Annual statistical returns and brief notes on vaccination in Bengal - 1887-1898
Year: 1887
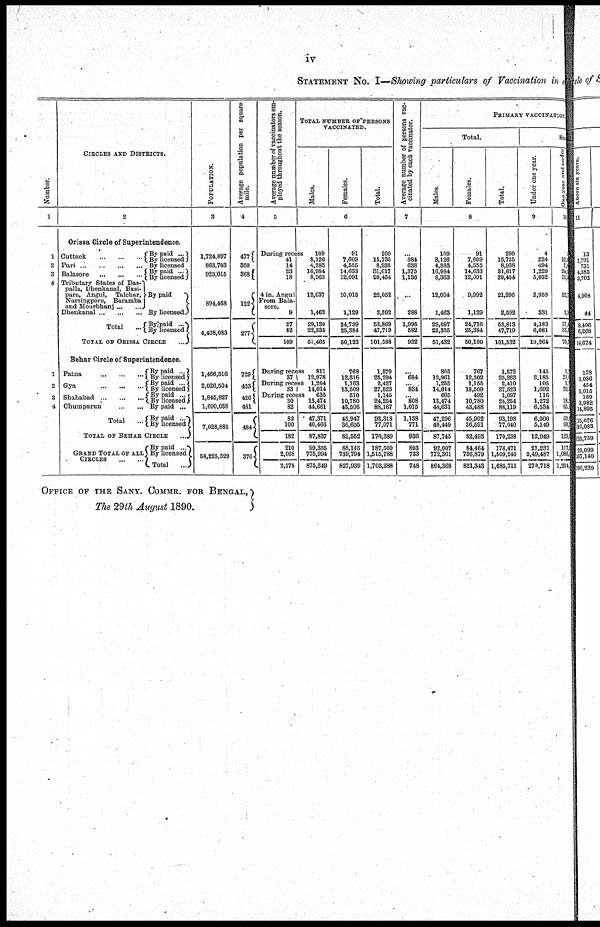
iv
STATEMENT NO. I—Showing particulars of Vaccination in each
Number.
1
2
3
4
4
CIRCLES AND DISTRICTS.
2
Orissa Circle of Superintendence.
Cuttack... ... ... ... ...
Puri... ... ... ... ... ...
Balasore... ... ... ...
Tributary States of Das-
palla, Dhenkanal, Basi-
para, Angul, Talchar,
Narsingpore, Baramba
and Mourbhanj... ...
Dhenkanal...
...
Total
...
By paid ...
By licensed
By licensed
By paid ...
By licensed
By paid
By licensed
By paid ...
By licensed...
TOTAL OF ORISSA CIRCLE
...
Behar Circle of Superintendence.
Patna... ... ... ...
Gya
...
...
...
...
Shahabad... ... ... ... ...
Chumparun ... ... ... ...
Total...
By paid...
By licensed
By paid ...
By licensed
By paid ...
By licensed
By paid ...
By paid ...
By licensed
TOTAL OF BEHAR CIRCLE
...
GRAND TOTAL OF ALL
CIRCLES...
...
By paid ...
By licensed
Total ...
POPULATION.
3
1,724,897
863,703
925,015
894,468
4,408,083
1,466,516
2,026,504
1,845,827
1,690,038
7,028,885
58,225,329
Average population per square
mile.
4
477
350
368
122
277
729
433
426
481
484
37
Average number of vaccinators em-
ployed throughout the season.
5
During recess
41
14
23
18
4 in. Angul
From Bala-
sore.
9
27
82
109
During recess
37
During recess
33
During recess
30
82
82
100
182
210
2,068
2,278
TOTAL NUMBER OF PERSONS
VACCINATES.
Males.
Females.
Total.
6
109
8,126
4,383
16,984
8,363
12,037
1,463
29,130
22,335
51,465
811
12,978
1,264
14,014
635
13,474
44,661
47,371
40,466
87,837
99,355
775,994
875,349
91
7,609
4,555
14,633
12,091
10,015
1,129
24,739
25,384
50,123
768
12,316
1,163
13,509
510
10,780
43,506
45,947
36,605
82,552
88,145
739,794
827,939
200
15,735
8,938
81,617
20,454
22,052
2,592
53,869
47,719
101,588
1,579
25,294
2,427
27,523
1,145
24,254
88,167
93,318
77,071
170,389
187,500
1,515,788
1,703,288
Average number of persons vac-
cinated by each vaccinator.
7
...
384
638
1,375
1,136
...
288
1,995
582
932
...
684
... 834
...
808
1,075
1,138
771
936
893
733
748
PRIMARY VACCINATION.
Total.
Males.
Females.
Total,
8
109
8,126
4,383
16,984
8,363
12,004
1,463
29,097
22,335
51,432
805
12,961
1,255
14,014
605
13,474
44,631
47,296
40,449
87,745
92,007
772,361
864,368
91
7,609
4,555
14,633
12,091
9,992
1,129
24,716
25,384
50,100
767
12,302
1,155
13,509
492
10,780
43,488
45,902
36,591
82,493
84,464
736,879
821,343
200
16,735
8,938
31,617
20,454
21,996
2,592
53,813
47,719
101,532
1,572
25,263
2,410
27,523
1,097
24,254
88,119
93,198
77,040
170,238
176,471
1,509,240
1,685,711
Suc
Under one year.
9
4
224
494
1,220
5,032
2,959
331
4,183
6,081
10,264
145
2,185
105
1,692
116
1,272
6,534
6,900
5,149
12,049
21,231
2,49,487
279,718
One year and under
10
1
12,6 7, 8
24,5
11,5
12,7
2,1
37,1
33,3
70,1
1,5
21,6
1,
20,3
7
18,1
65,1
69,1
60,
129
117,
1,086,1
1,204,
OFFICE OF THE SANY. COMMR. FOR BENGAL,
The 29th August 1890.